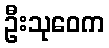
ဦးသုဝေက